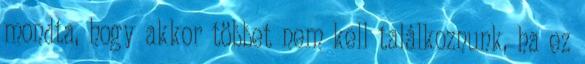
mondta, hogy akkor többet nem kell találkoznunk, ha ez